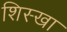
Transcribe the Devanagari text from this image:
शिस्खा